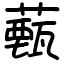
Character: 薽